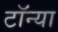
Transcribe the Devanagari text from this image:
टॉन्या